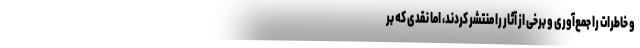
و خاطرات را جمع‌آوری و برخی از آثار را منتشر کردند، اما نقدی که بر